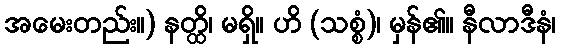
အမေးတည်း။) နတ္ထိ၊ မရှိ။ ဟိ (သစ္စံ)၊ မှန်၏။ နီလာဒီနံ၊